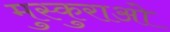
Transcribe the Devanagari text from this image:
मुस्कुराओ